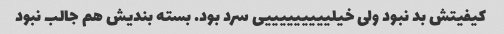
کیفیتش بد نبود ولی خیلیییییییییی سرد بود. بسته بندیش هم جالب نبود